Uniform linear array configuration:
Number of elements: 12
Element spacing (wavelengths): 0.25
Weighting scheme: hamming
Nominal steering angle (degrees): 15
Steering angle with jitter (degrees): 15.127
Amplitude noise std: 0.05
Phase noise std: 0.05

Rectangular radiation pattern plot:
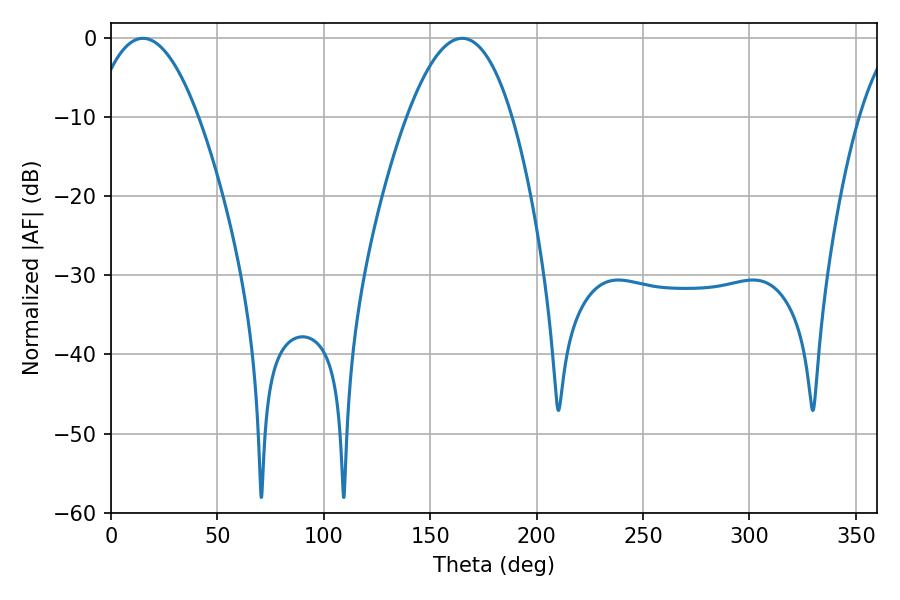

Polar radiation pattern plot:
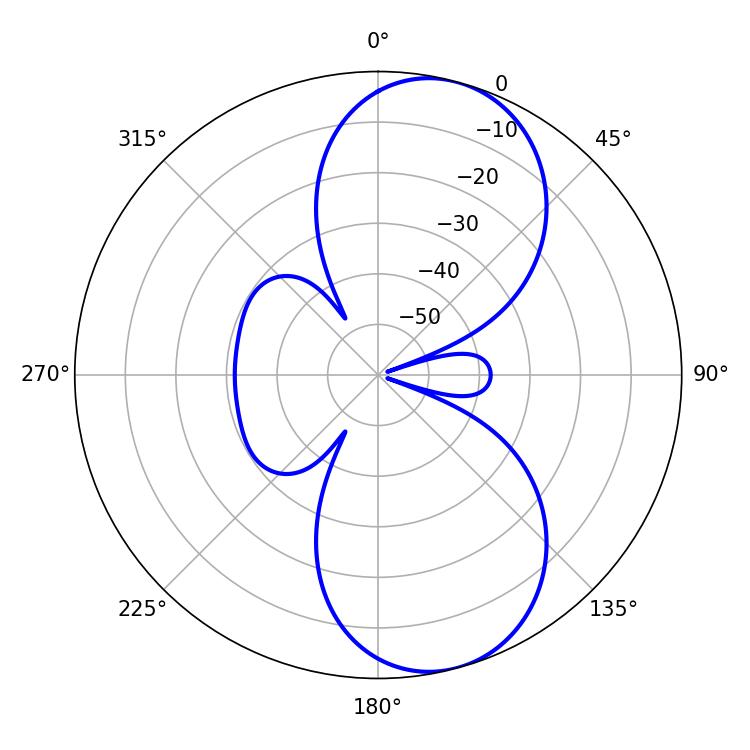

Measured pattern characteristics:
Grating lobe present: FALSE
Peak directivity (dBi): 8.689
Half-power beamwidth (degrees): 27.18
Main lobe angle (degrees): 14.94